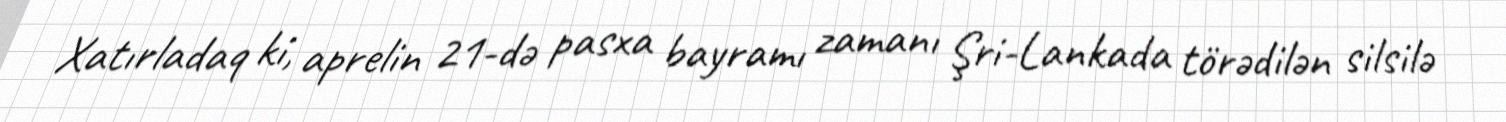
Xatırladaq ki, aprelin 21-də pasxa bayramı zamanı Şri-Lankada törədilən silsilə